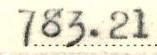
783.21